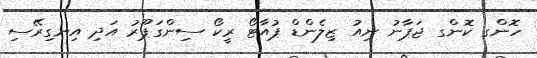
ހޮންގ ކޮންގ ޖަޕާނު ނިއު ޒިލެންޑް ޕުއާޓޯ ރީކޯ ސިންގަޕޫރު އަދި އިނގިރޭސި